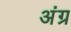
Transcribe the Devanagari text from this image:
अंग्र